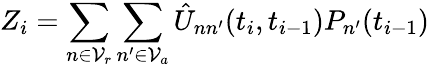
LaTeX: Z_{i}=\sum_{n\in\mathcal{V}_{r}}\sum_{n^{\prime}\in\mathcal{V}_{a}}\hat{U}_{nn^{\prime}}(t_{i},t_{i-1})P_{n^{\prime}}(t_{i-1})